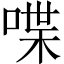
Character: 喋